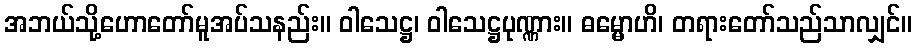
အဘယ်သို့ဟောတော်မူအပ်သနည်း။ ဝါသေဋ္ဌ၊ ဝါသေဋ္ဌပုဏ္ဏား။ ဓမ္မောဟိ၊ တရားတော်သည်သာလျှင်။